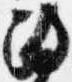
政